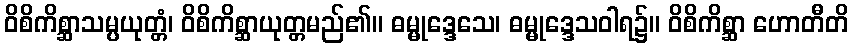
ဝိစိကိစ္ဆာသမ္ပယုတ္တံ၊ ဝိစိကိစ္ဆာယုတ္တမည်၏။ ဓမ္မုဒ္ဒေသေ၊ ဓမ္မုဒ္ဒေသဝါရ၌။ ဝိစိကိစ္ဆာ ဟောတီတိ